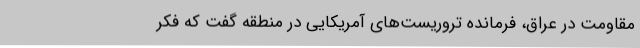
مقاومت در عراق، فرمانده تروریست‌های آمریکایی در منطقه گفت که فکر